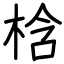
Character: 梒